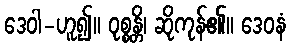
ဒေဝါ-ဟူ၍။ ဝုစ္စန္တိ၊ ဆိုကုန်၏။ ဒေဝနံ